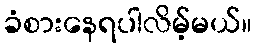
ခံစားနေရပါလိမ့်မယ်။